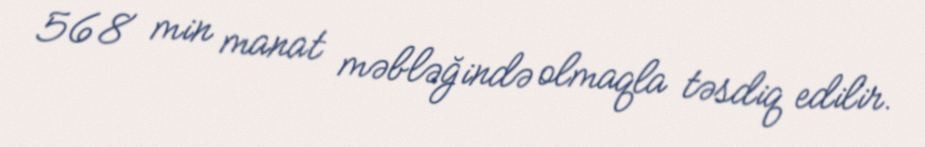
568 min manat məbləğində olmaqla təsdiq edilir.